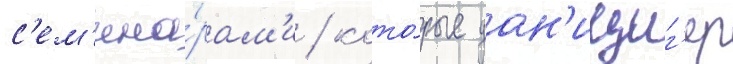
с'ем'ина́рам'и / кото́рые дан'ициг'ер